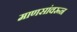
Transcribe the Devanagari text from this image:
माणसांवरून